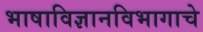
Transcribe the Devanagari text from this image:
भाषाविज्ञानविभागाचे